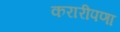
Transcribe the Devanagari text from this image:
करारीपणा